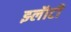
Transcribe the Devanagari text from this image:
झ्लॅाटी